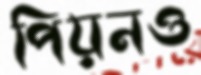
পিয়নও